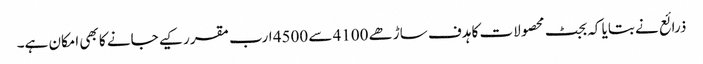
ذرائع نے بتایا کہ بجٹ محصولات کا ہدف ساڑھے 4100 سے 4500 ارب مقرر کیے جانے کا بھی امکان ہے۔